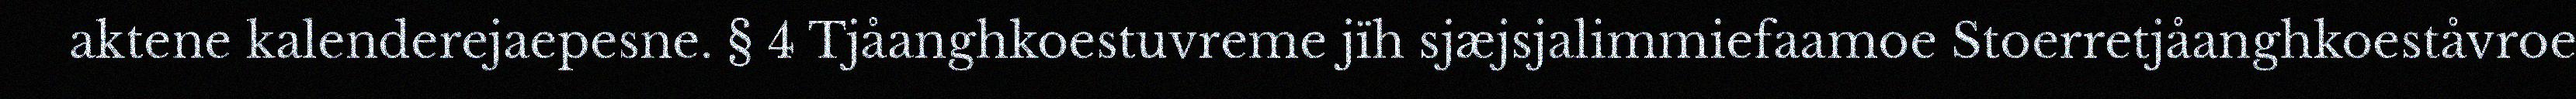
aktene kalenderejaepesne. § 4 Tjåanghkoestuvreme jïh sjæjsjalimmiefaamoe Stoerretjåanghkoeståvroe